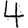
Digit: 4